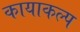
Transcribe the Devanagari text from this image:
कायाकल्‍प